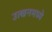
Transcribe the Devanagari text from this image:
उत्खनमध्ये